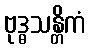
ဗုဒ္ဓသန္တိကံ